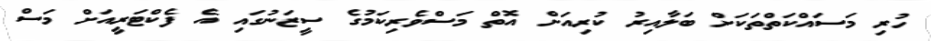
ހުރި މަސައްކަތްތަކަށް ބަލާއިރު ކުރިއަށް އޮތް މަސްވެރިކަމުގެ ސީޒަނުގައި އެ ފެކްޓަރީއަށް މަސް